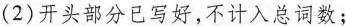
(2)开头部分已写好，不计入总词数；